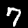
Label: 7